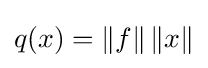
q(x)=\|f\|\,\|x\|